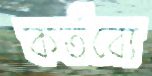
কর্তব্যে